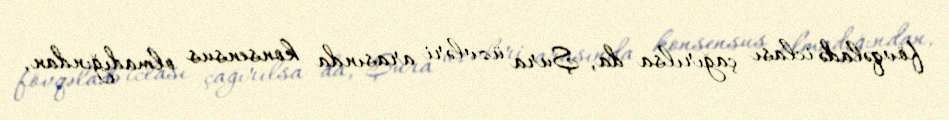
fövqəladə iclası çağırılsa da, Şura üzvləri arasında konsensus olmadığından,